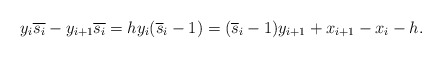
\begin{gather*}y_i \overline{s_i}-y_{i+1} \overline{s_i} = h y_i({\overline{s}}_i-1)=({\overline{s}}_i-1) y_{i+1} +x_{i+1} - x_i- h.\end{gather*}